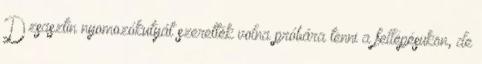
Dzsasztin nyomozókutyát szerették volna próbára tenni a fellépésükön, de